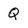
Character: Q